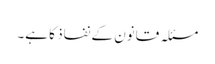
مسئلہ قانون کے نفاذ کا ہے۔